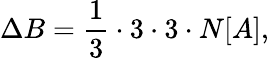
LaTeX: \Delta B=\frac{1}{3}\cdot 3\cdot 3\cdot N[A],